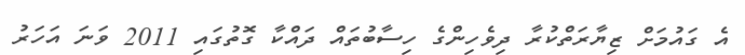
އެ ގައުމަށް ޒިޔާރަތްކުރާ ދިވެހިންގެ ހިސާބުތައް ދައްކާ ގޮތުގައި 2011 ވަނަ އަހަރު